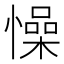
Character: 懆